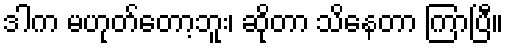
ဒါက မဟုတ်တော့ဘူး၊ ဆိုတာ သိနေတာ ကြာပြီ။